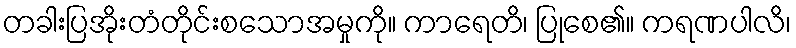
တခါးပြအိုးတံတိုင်းစသောအမှုကို။ ကာရေတိ၊ ပြုစေ၏။ ကရဏပါလိ၊